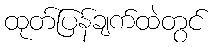
ထုတ်ပြန်ချက်ထဲတွင်